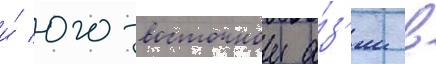
и́ юго-восточнои а́з'ии в